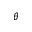
\theta